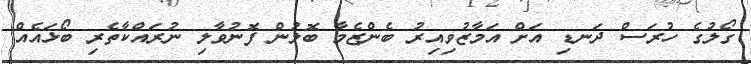
ގޯލުގެ ހުރަސް ދަނޑި އަށް އަމާޒުވިއިރު ބެންޒެމާ ބޮލުން ފޮނުވާލި ނުރައްކާތެރި ބޯޅައެއް